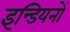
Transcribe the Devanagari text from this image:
इन्डियनों